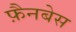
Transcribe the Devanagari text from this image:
फ़ैनबेस